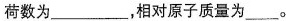
荷数为___，相对原子质量为___。